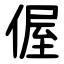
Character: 偓